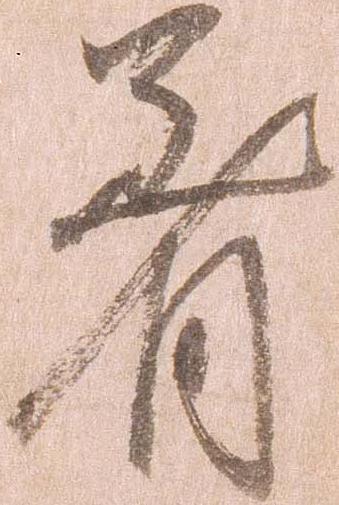
着